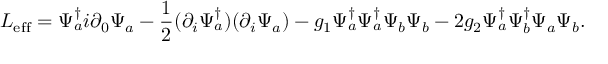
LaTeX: L _ { \mathrm { e f f } } = \Psi _ { a } ^ { \dagger } i \partial _ { 0 } \Psi _ { a } - { \frac { 1 } { 2 } } ( \partial _ { i } \Psi _ { a } ^ { \dagger } ) ( \partial _ { i } \Psi _ { a } ) - g _ { 1 } \Psi _ { a } ^ { \dagger } \Psi _ { a } ^ { \dagger } \Psi _ { b } \Psi _ { b } - 2 g _ { 2 } \Psi _ { a } ^ { \dagger } \Psi _ { b } ^ { \dagger } \Psi _ { a } \Psi _ { b } .